Leaving Certificate Examination (including Day School Certificate (Higher) General paper), 1929
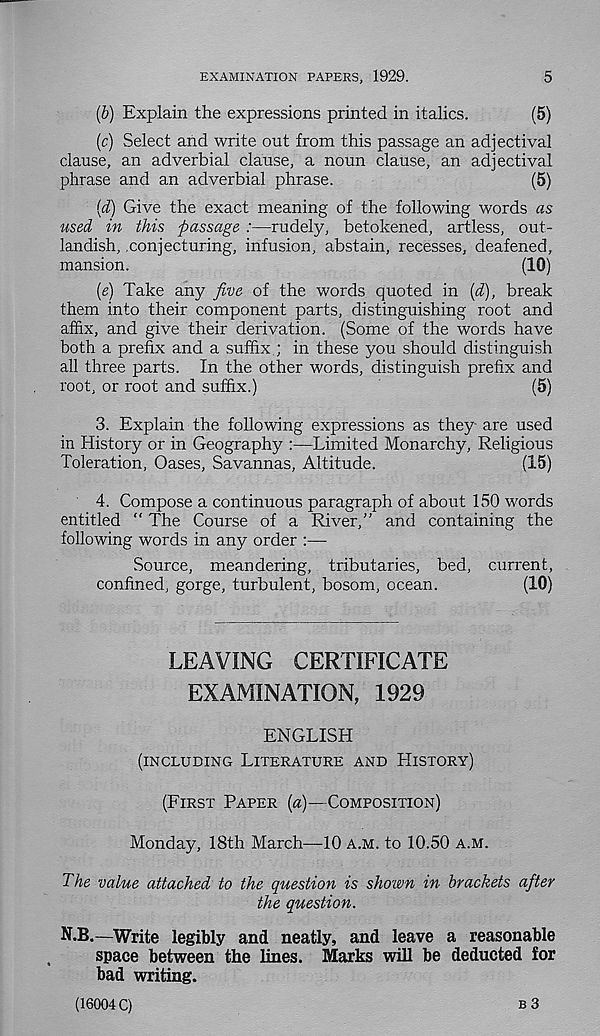
EXAMINATION PAPERS, 1929.
5
{b) Explain the expressions printed in italics.
(5)
(c) Select and write out from this passage an adjectival
clause, an adverbial clause, a noun clause, an adjectival
phrase and an adverbial phrase.
(5)
{d) Give the exact meaning of the following words as
used in this passage :—rudely, betokened, artless, out-
landish, .conjecturing, infusion, abstain, recesses, deafened,
mansion.
(10)
(e) Take any five of the words quoted in (d), break
them into their component parts, distinguishing root and
affix, and give their derivation. (Some of the words have
both a prefix and a suffix ; in these you should distinguish
all three parts. In the other words, distinguish prefix and
root, or root and suffix.)
(5)
3. Explain the following expressions as they are used
in History or in Geography :—Limited Monarchy, Religious
Toleration, Oases, Savannas, Altitude.
(15)
4. Compose a continuous paragraph of about 150 words
entitled " The Course of a River,” and containing the
following words in any order :—
Source, meandering, tributaries, bed, current,
confined, gorge, turbulent, bosom, ocean.
(10)
LEAVING CERTIFICATE
EXAMINATION, 1929
ENGLISH
(INCLUDING LITERATURE AND HISTORY)
(FIRST PAPER [a)—COMPOSITION)
Monday, 18th March—10 A.M. to 10.50 A.M.
The value attached to the question is shown in brackets after
the question.
N.B.—Write legibly and neatly, and leave a reasonable
space between the lines. Marks will be deducted for
bad writing.
(16004 C)
B 3